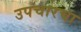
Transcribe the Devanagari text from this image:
उपचारचा